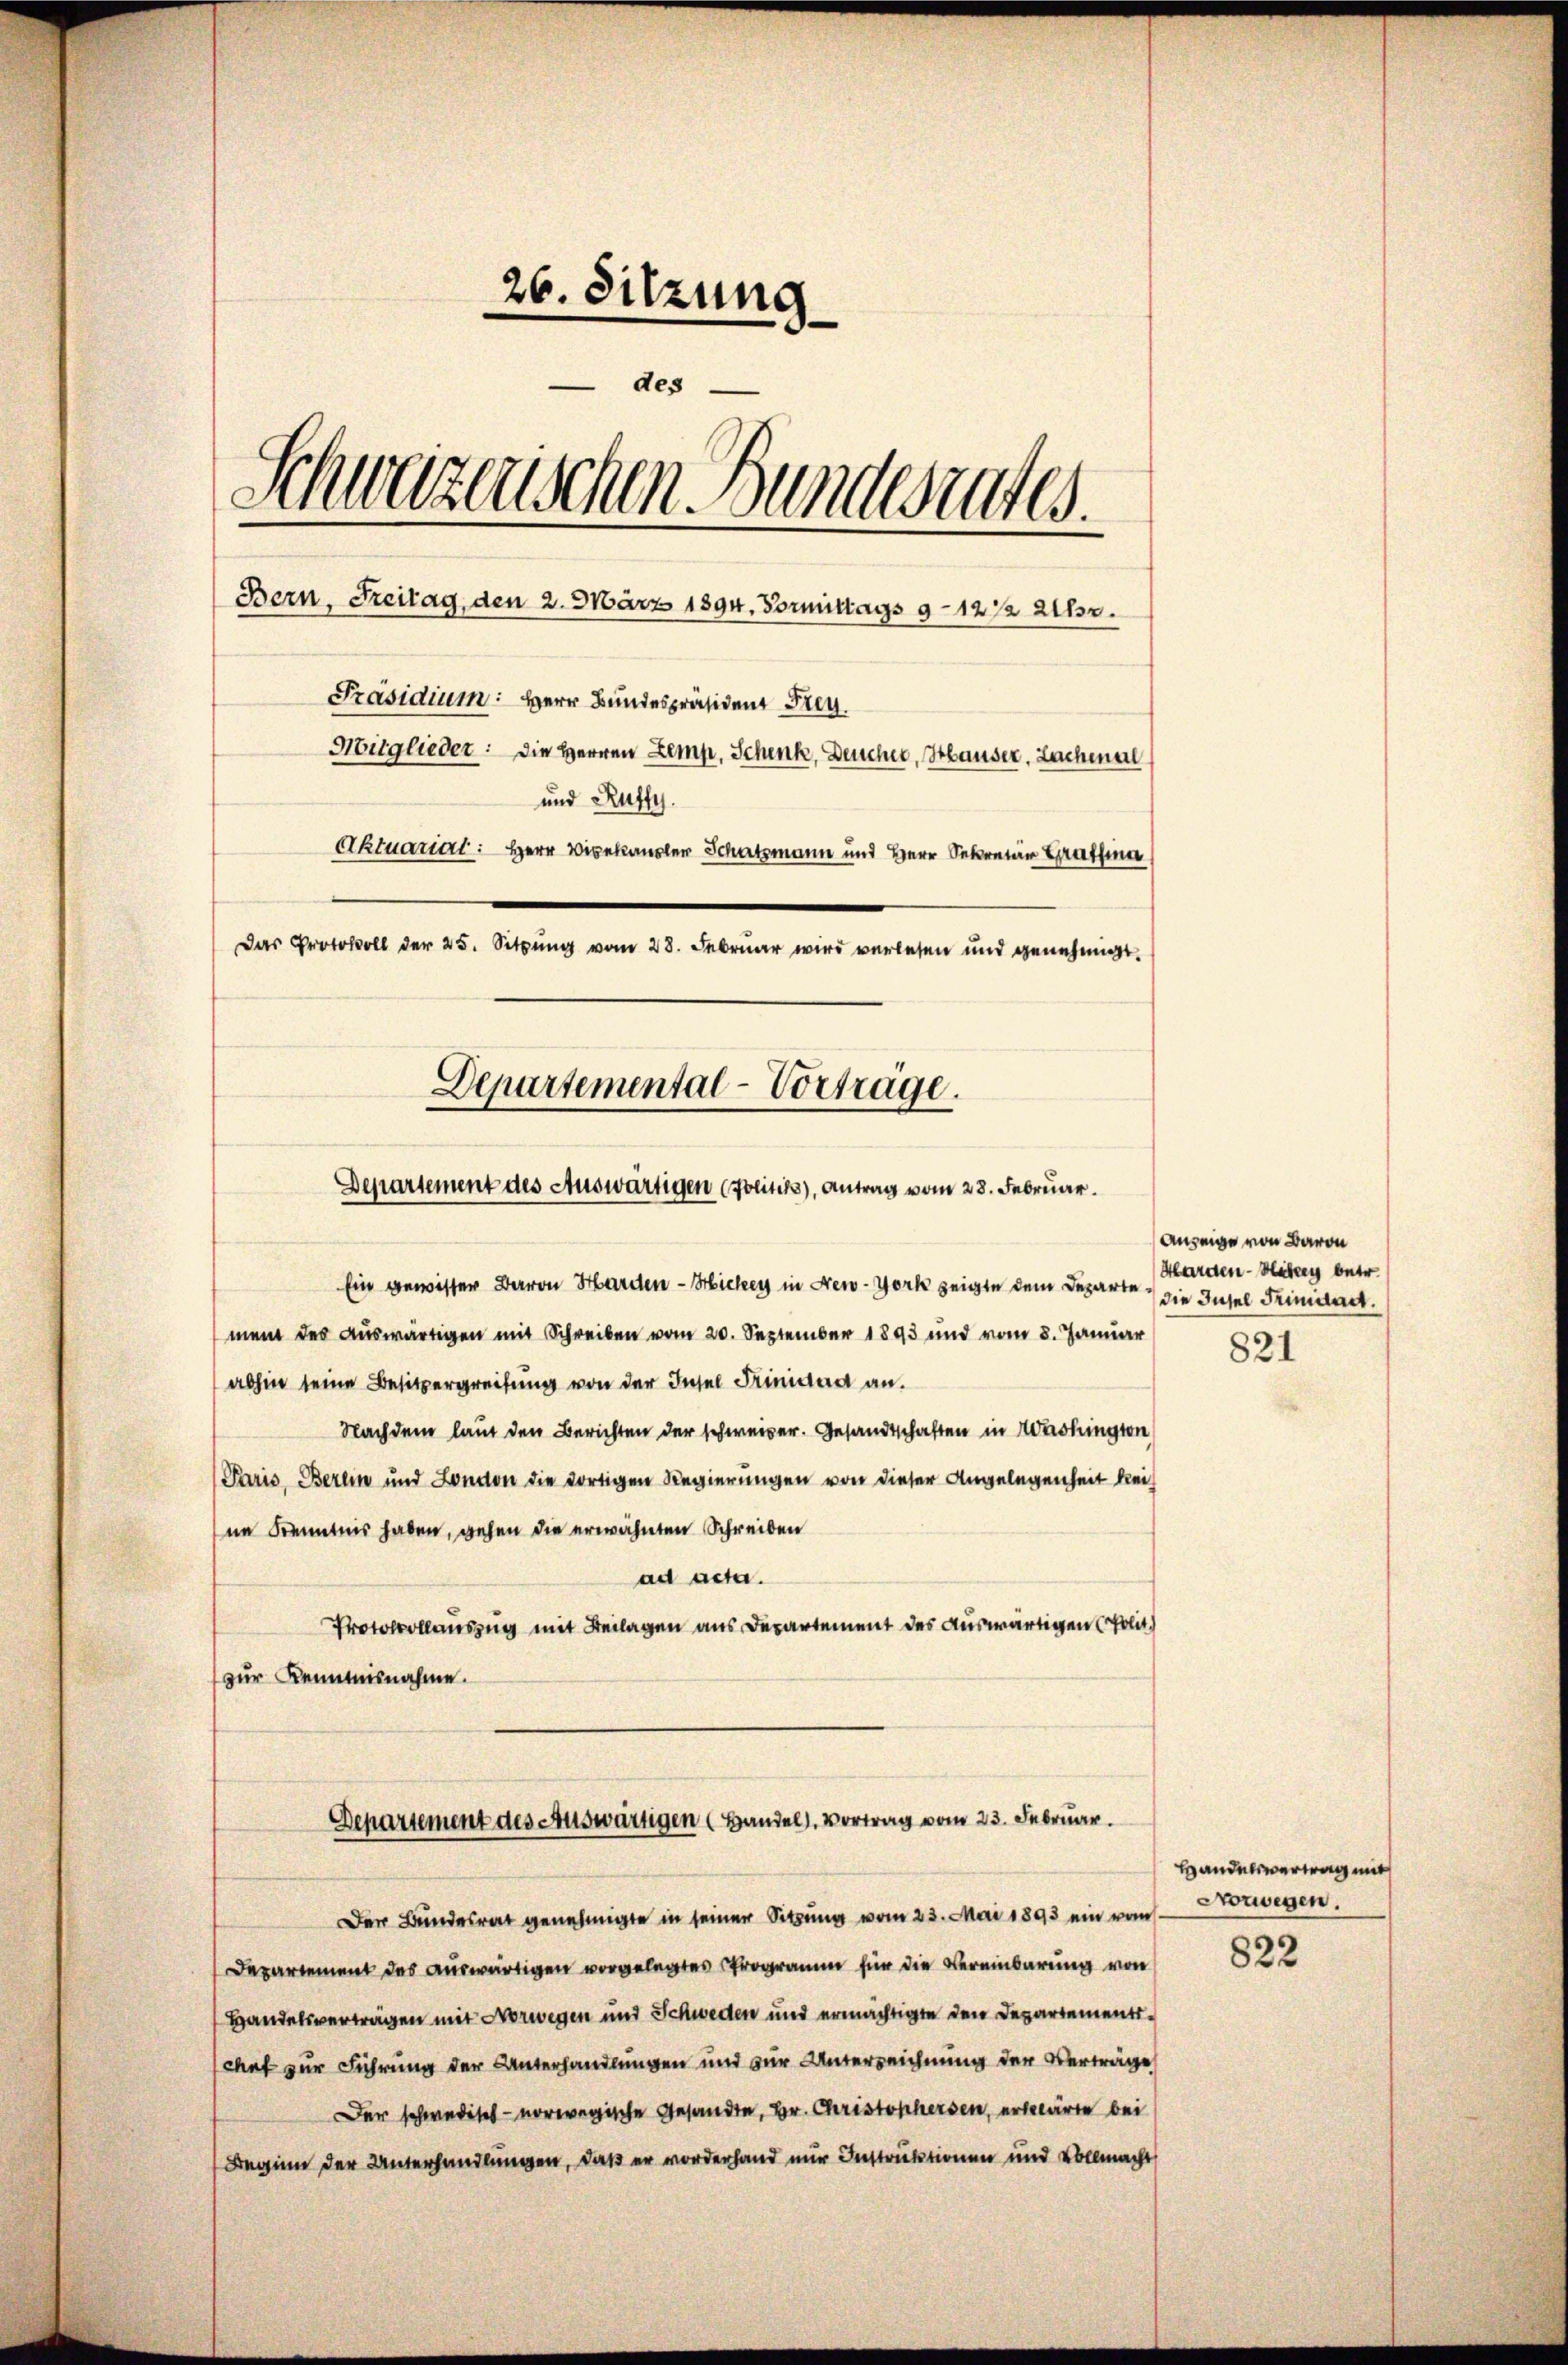
26. Sitzung
des
Schweizerischen Bundesrates
Bern, Freitag, den 2. März 1894. Vormittags 9–12 1/2 2fr.
Präsidium: Herr Bundespräsident Frey.
Mitglieder: die Herren Zemp, Schenk, Deucher, Hauser. Lachmal
und Ruffy.
Aktuarial: Herr Vicekansler Schatzmann und Herr Sekretär Ha
Das Protokoll der 25. Sitzung vom 28. Februar wird verlesen und genehmigt.
Departemental-Vortrage.

Departement des Auswärtigen (Politiks), Antrag vom 28. Februar.

Ein gewisser Baron Harden - Hicher in New-York zeigte dem Departe die Insel Friminat
ment des Auswärtigen mit Schreiben vom 20. September 1893 und vom 8. Januar
abhin seine Besitzergreifung von der Insel Trinider an.
Nachdem laut den Berichten der schweizer. Gesandtschaften in Washingten
Paris, Berein und London die dortigen Regierungen von dieser Angelegenheit kei
ne Kenntnis haben, gehen die erwähnten Schreiben
ad acta.
Protocollauszug mit Beilagen aus Departement des Auswärtigen (Polit.
zur Kenntnisnahme.

Departement des Auswärtigen (Handel. Vortrag vom 23. Februar.

Der Bundesrat genehmigte in seiner Sitzung vom 23. Mai 1893 ein vom
Departement des auswärtigen vorgelegtes Programm für die Vereinbarung von
Handelsverträgen mit Norwegen und Schweden und ermächtigte den Departementschef zur Führung der Unterhandlungen und zur Unterzeichnung der Verträge
Der schwedisch- norwegische Gesandte, Hr. Christophersen, erklärte bei
Beginn der Unterhandlungen, daß er vorderhand mir Instruktionen und Vollmacht

Anzeige von Baron
Harden - Häbery betr.

821

Handelsvertrag mit
Norwegen.

822